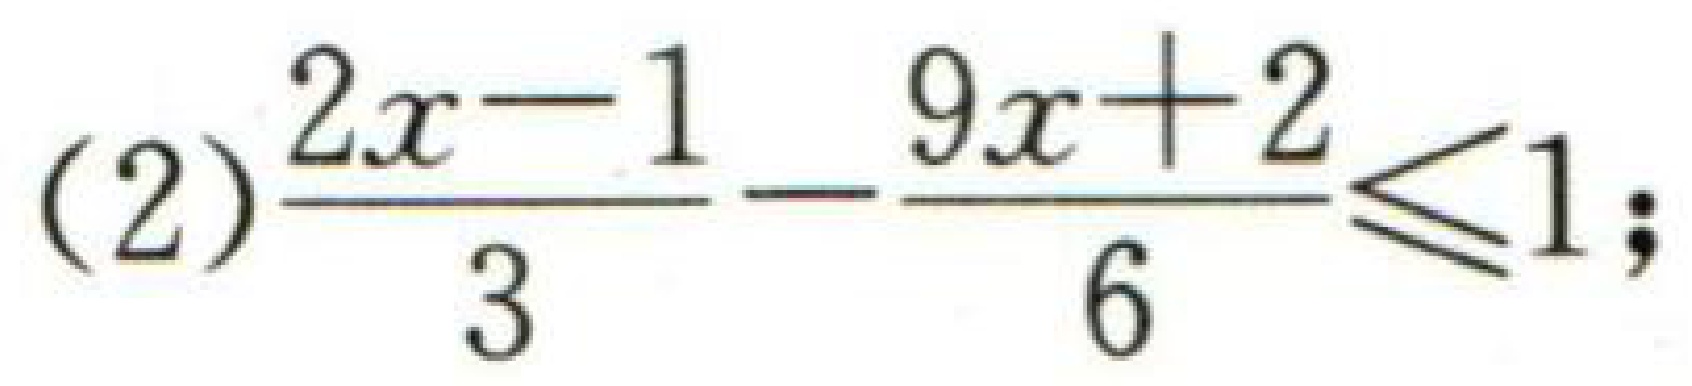
(2)$\dfrac{2x - 1}{3}-\dfrac{9x + 2}{6}\leq1;$